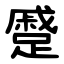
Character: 蹙